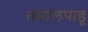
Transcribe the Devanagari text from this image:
तमालपाडू